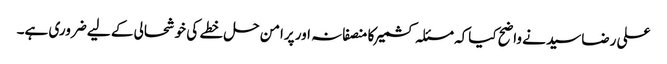
علی رضاسید نے واضح کیاکہ مسئلہ کشمیرکا منصفانہ اور پرامن حل خطے کی خوشحالی کے لیے ضروری ہے۔